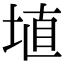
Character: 埴